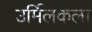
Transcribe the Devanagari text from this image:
उर्मिलकला